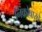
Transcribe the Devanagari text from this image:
निकोबारचे